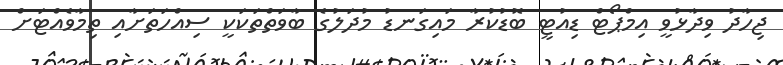
ޖިހާދު ވިދާޅުވީ އިމްޕޯޓް ޑިއުޓީ ބޮޑުކުރާ މައިގަނޑު މުދަލުގެ ބާވަތްތަކަކީ ސިއްހަތަށާއި ތިމާވެއްޓަށް